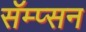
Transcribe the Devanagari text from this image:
सॅम्प्सन